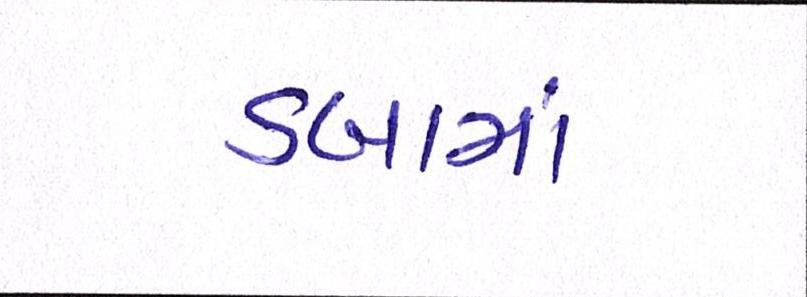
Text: ડબામાં